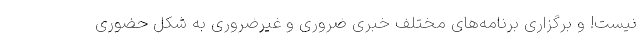
نیست! و برگزاری برنامه‌های مختلف خبری ضروری و غیرضروری به شکل حضوری